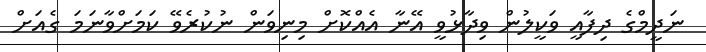
ނަދީމްގެ ދިފާއީ ވަކީލުން ވިދާޅުވީ އޭނާ އެއްކޮށް މިނިވަން ނުކުރެވޭ ކަމަށްވާނަމަ ގެއަށް